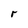
Character: r